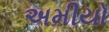
અમીયો